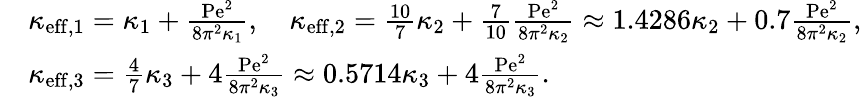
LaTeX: \begin{array}{rl}&{\kappa_{\mathrm{eff},1}=\kappa_{1}+\frac{\mathrm{Pe}^{2}}{8\pi^{2}\kappa_{1}},\quad\kappa_{\mathrm{eff},2}=\frac{10}{7}\kappa_{2}+\frac{7}{10}\frac{\mathrm{Pe}^{2}}{8\pi^{2}\kappa_{2}}\approx 1.4286\kappa_{2}+0.7\frac{\mathrm{Pe}^{2}}{8\pi^{2}\kappa_{2}},}\\ &{\kappa_{\mathrm{eff},3}=\frac{4}{7}\kappa_{3}+4\frac{\mathrm{Pe}^{2}}{8\pi^{2}\kappa_{3}}\approx 0.5714\kappa_{3}+4\frac{\mathrm{Pe}^{2}}{8\pi^{2}\kappa_{3}}.}\end{array}